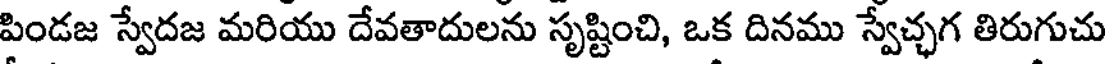
పిండజ స్వేదజ మరియు దేవతాదులను సృష్టించి, ఒక దినము స్వేచ్చగ తిరుగుచు